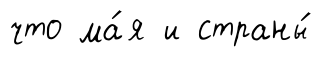
что ма́я и страны́